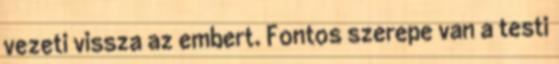
vezeti vissza az embert. Fontos szerepe van a testi